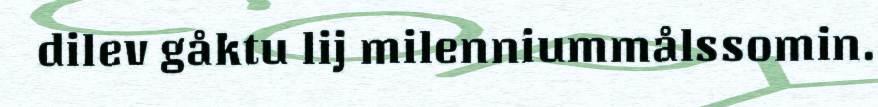
dilev gåktu lij milenniummålssomin.